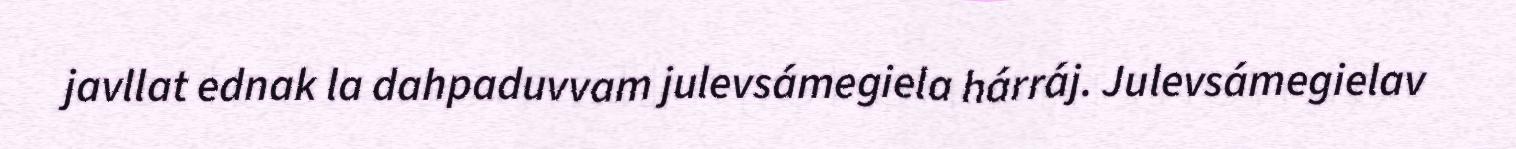
javllat ednak la dahpaduvvam julevsámegiela hárráj. Julevsámegielav